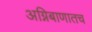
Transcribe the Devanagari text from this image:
अग्निबाणातच